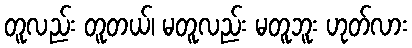
တူလည်း တူတယ်၊ မတူလည်း မတူဘူး ဟုတ်လား